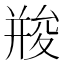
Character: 𠬌